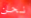
نحن